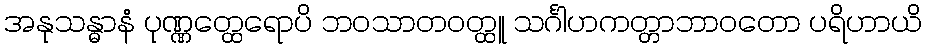
အနုသန္ဓာနံ ပုဏ္ဏတ္ထေရောပိ ဘဝသာတဝတ္ထူ သင်္ဂါဟကတ္တာဘာဝတော ပရိဟာယိ